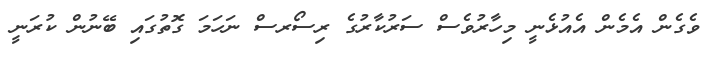
ވެގެން އެމެން އެއުޅެނީ މިހާރުވެސް ސަރުކާރުގެ ރިސޯރސް ނަހަމަ ގޮތުގައި ބޭނުން ކުރަނީ